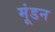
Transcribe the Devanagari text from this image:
मूंडन